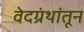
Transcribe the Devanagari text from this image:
वेदग्रंथांतून